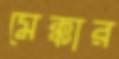
মেক্কার